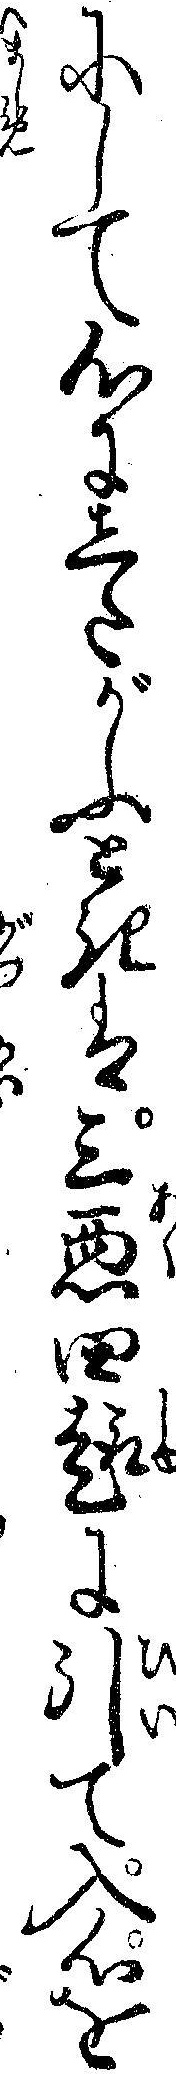
にして心にしたがふときは三悪四趣に引て入心を